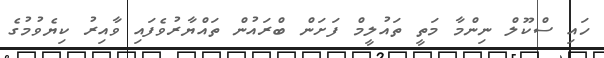
ހައި ސްކޫލް ނިންމާ މަތީ ތައުލީމް ފަށަން ބްރައުން ތައްޔާރުވެފައި ވާއިރު ކިޔެވުމުގެ